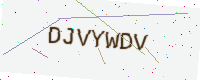
Text: DJVYWDV